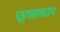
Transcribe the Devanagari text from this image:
छ्त्राकार